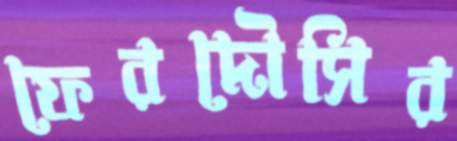
ফেরদৌসির